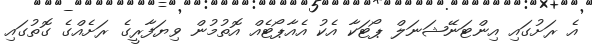
އެ ރަށުގައި އިންޓަނޭޝަނަލް ޕޯޓަކާ އެކު އެއާޕޯޓެއް އޮތުމުން ވިޔަފާރީގެ ރަށެއްގެ ގޮތުގައި